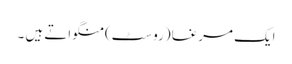
ایک مرغا (روسٹ) منگواتے ہیں ۔